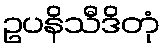
ဥပနိသီဒိတုံ